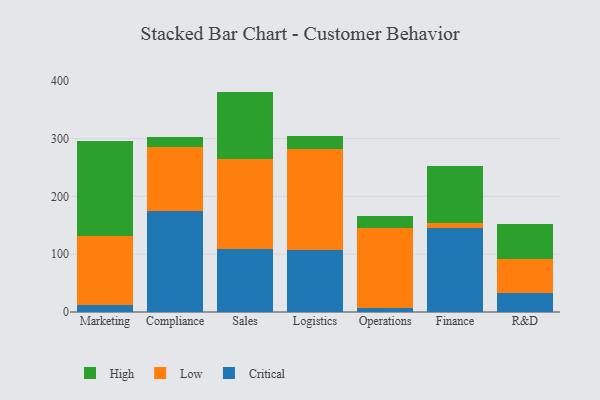
{"axis": {"x": "Department", "y": "Website Visitors"}, "legend": ["Critical", "High", "Low"], "data": [{"x": "Marketing", "y": 11.5, "type": "Critical"}, {"x": "Marketing", "y": 119.8, "type": "Low"}, {"x": "Marketing", "y": 164.0, "type": "High"}, {"x": "Compliance", "y": 174.5, "type": "Critical"}, {"x": "Compliance", "y": 110.2, "type": "Low"}, {"x": "Compliance", "y": 18.1, "type": "High"}, {"x": "Sales", "y": 108.8, "type": "Critical"}, {"x": "Sales", "y": 155.4, "type": "Low"}, {"x": "Sales", "y": 117.0, "type": "High"}, {"x": "Logistics", "y": 107.3, "type": "Critical"}, {"x": "Logistics", "y": 174.1, "type": "Low"}, {"x": "Logistics", "y": 23.6, "type": "High"}, {"x": "Operations", "y": 7.2, "type": "Critical"}, {"x": "Operations", "y": 138.6, "type": "Low"}, {"x": "Operations", "y": 20.3, "type": "High"}, {"x": "Finance", "y": 145.8, "type": "Critical"}, {"x": "Finance", "y": 7.7, "type": "Low"}, {"x": "Finance", "y": 98.9, "type": "High"}, {"x": "R&D", "y": 32.9, "type": "Critical"}, {"x": "R&D", "y": 58.8, "type": "Low"}, {"x": "R&D", "y": 61.2, "type": "High"}]}